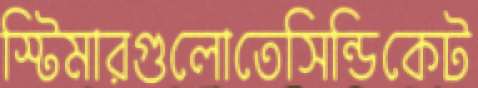
স্টিমারগুলোতেসিন্ডিকেট